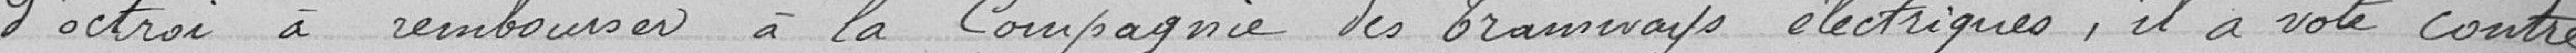
d'octroi à rembourser à la Compagnie des Tramways électriques, il a voté contre